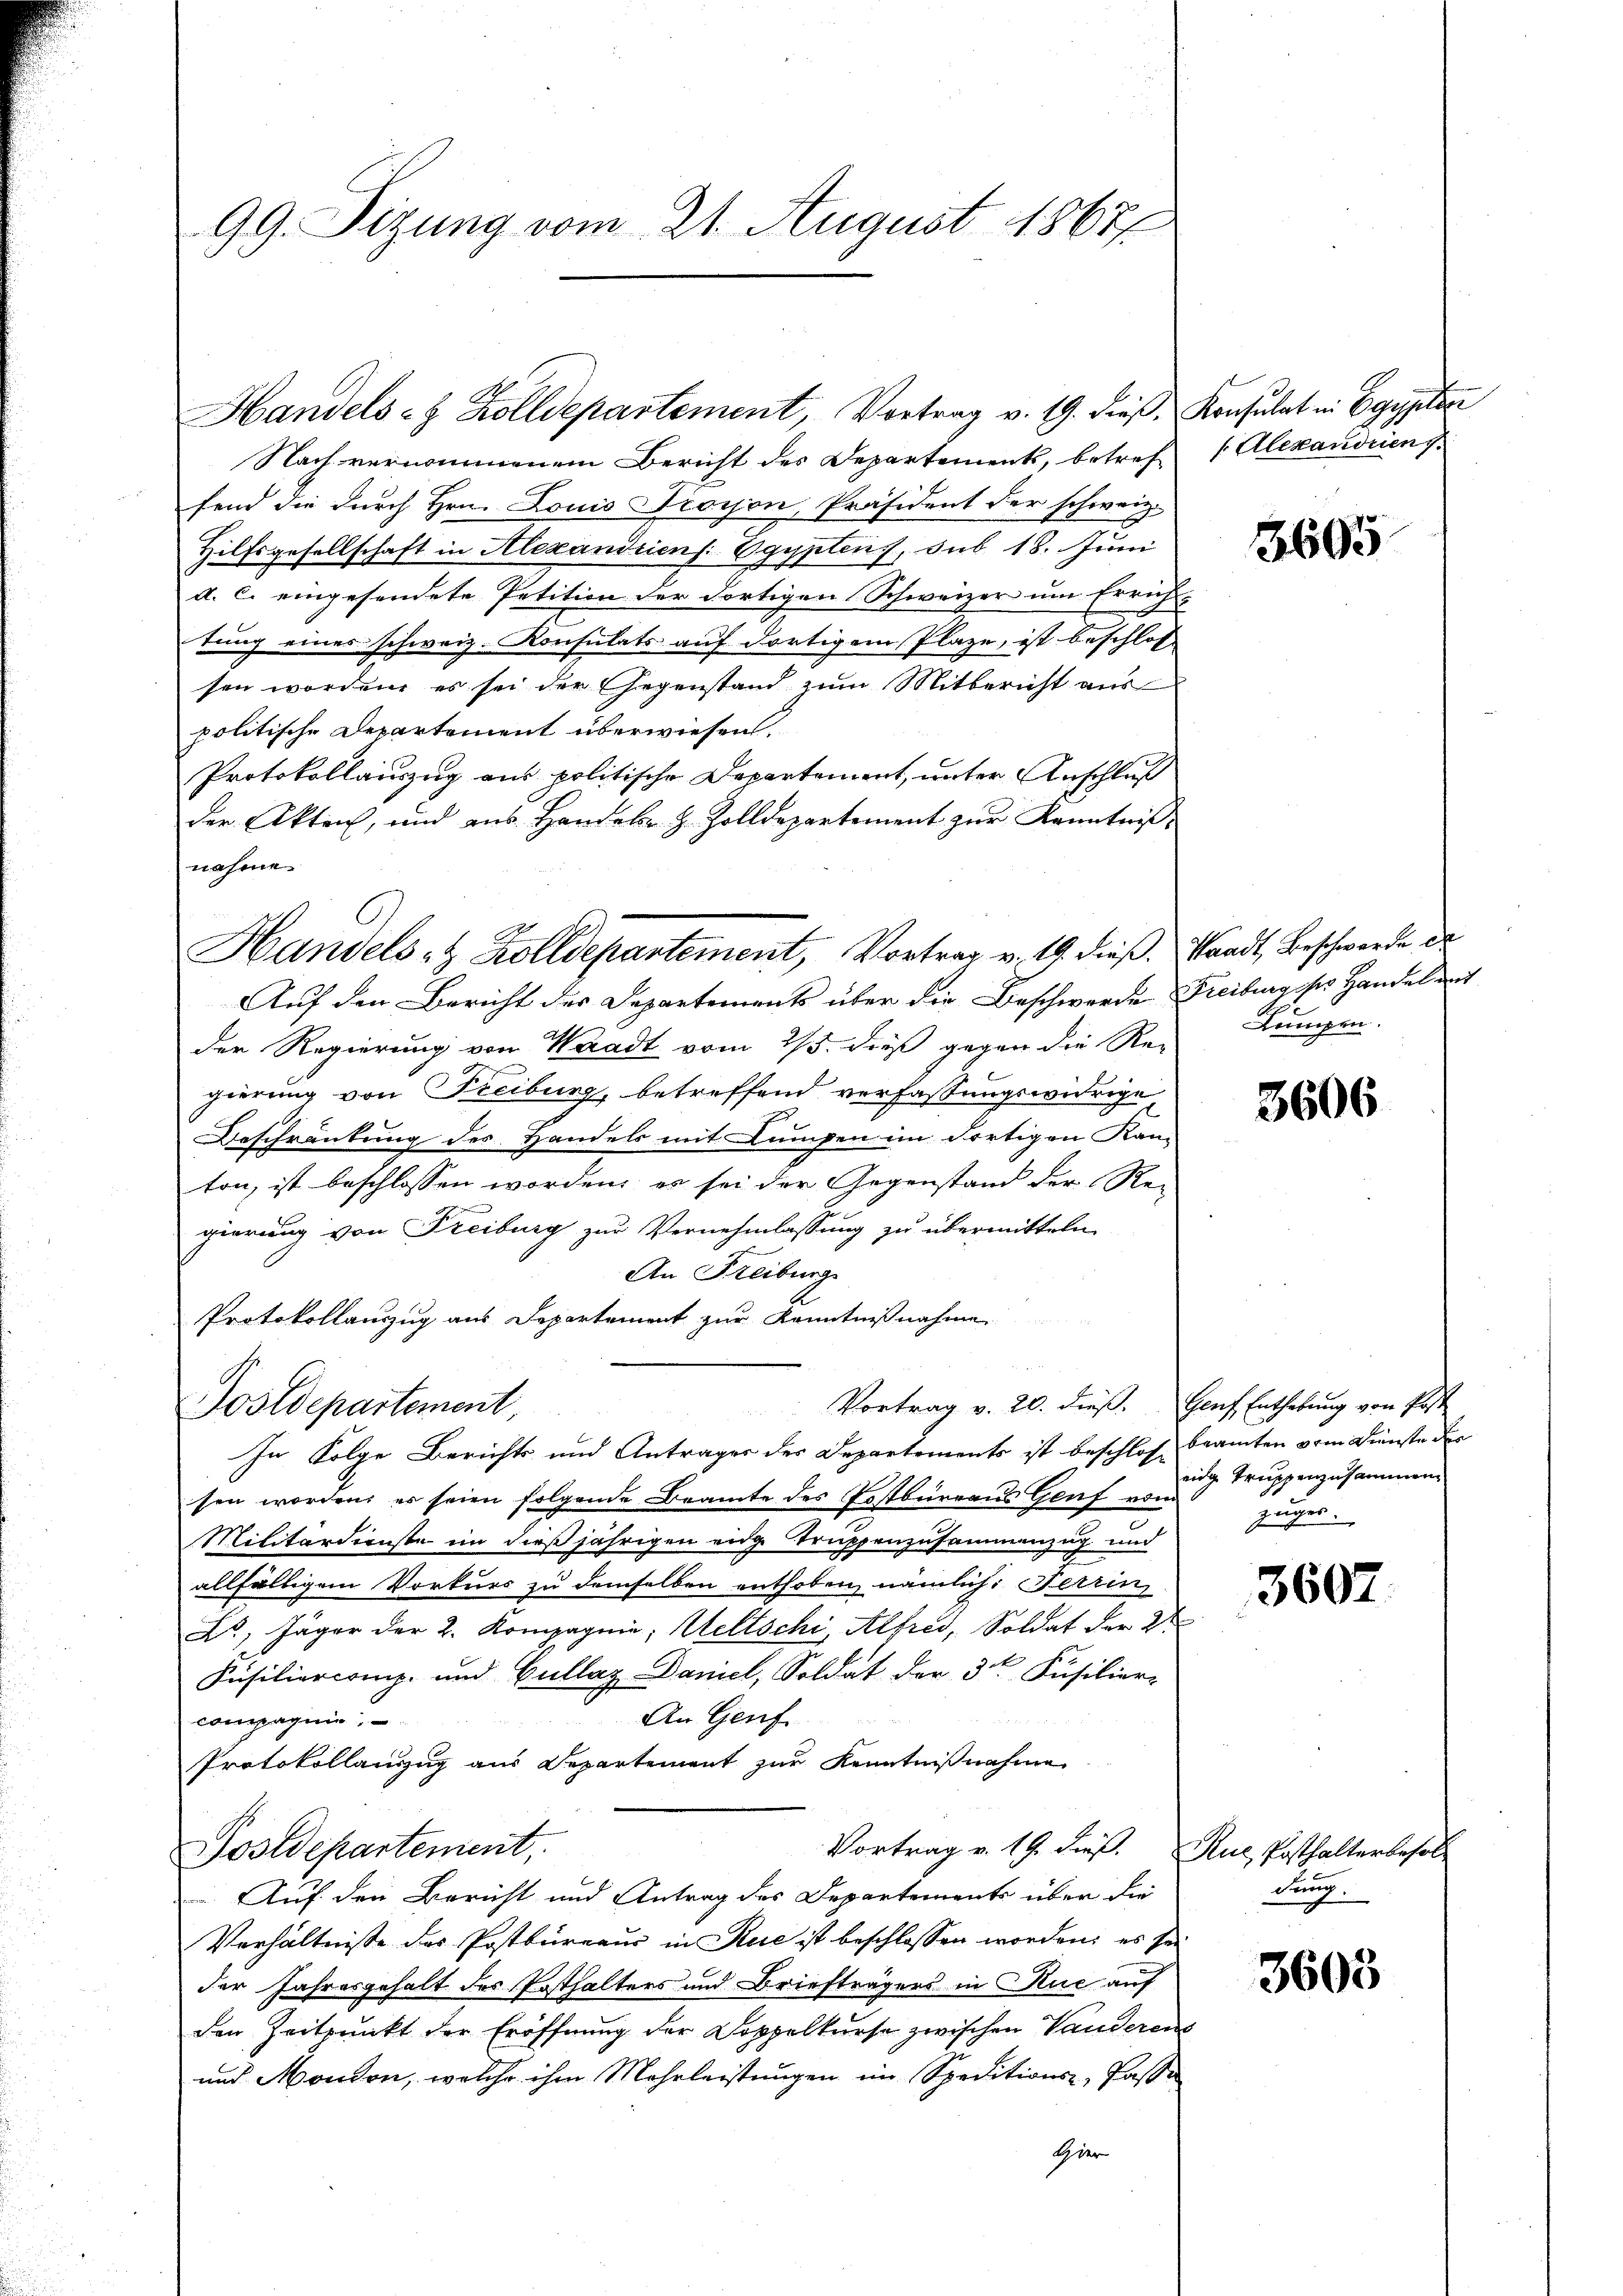
99. Sizung vom 21. August 1867/

Nach vernommenem Bericht des Departement, betreff   Alexandrien v.
fend die durch Hrn. Louis Trosson, Präsident der schweiz.
Hilfsgesellschaft in Alexandriens: Egyptens, sub 18. Juni
d. C. eingesendete Petition der dortigen Schweizer um Errich-
tung eines schweiz. Konsulats auf dortigem Plaze, ist beschlos
sen worden, es sei der Gegenstand zum Mitbericht aus
politische Departement überwiesen.
Protokollauszug aus politische Departement, unter Anschluß
der Akteich, und aus Handel- Z. Zolldepartement zur Kenntnis-
nahme
Auf den Bericht des Departements über die Beschwerde Freiburg des Handel mit
der Regierung von Waadt vom 25. dieß gegen die Re-
gierung von Freiburg, betreffend verfassungswidrige
Beschränkung des Handels mit Lumpen im dortigen Kam
ton, ist beschlossen worden, es sei der Gegenstand der Re-
gierung von Freiburg zur Vernehmlassung zu übermitteln,
An Freiburg
Protokollauszug aus Departement zur Kenntnißnahme
Vortrag v. 20. dieß. Genf Enthebung von Post
Postdepartement,
In Folge Berichts und Antrages der Departements ist beschlossenamten vom Dienste der
sen worden, er seien folgende Beamte des Erstbureaus Genf von
Militärdienste in dießjährigen eige Truppenzusammenzug und
allfälligem Vorkurs zu demselben enthoben nämlich: Ferrin
L, Jäger der 2. Kompagnie, Weltschi, Alfred, Soldat der 2t
Füsiliercomp. und Gullaz Daniel, Soldat der 3ten Füsilier-
An Genf
Compagnie,
Protokollauszug aus Departement zur Kenntnißnahme
Vortrag v. 19. dieß. Rue Posthalterbesol
Postdepartement,
Auf den Bericht und Antrag des Departements über die
Verhältnisse des Postbureaus in Rue ist beschlossen worden; es sei
der Jahresgehalt des Posthalters und Briefträgers in Kuć auf
den Zeitpunkt der Eröffnung der Doppelkurse zwischen Vanderens
und Mondon, welche ihm Mehrleistungen im Speditions-, Pässe
Hier

Handels- & Zolldepartement, Vortrag v. 19. dieß, Konsulat in Egypter

Handels- & Zolldepartement, Vortrag v. 19. dieß. Standt, Beschwerde de

3695

de
Kompen.

3606

eige Truppenzusammen.
zuges.

3607

dung.

3603